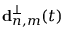
\mathbf { d } _ { n , m } ^ { \perp } ( t )